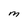
Character: M